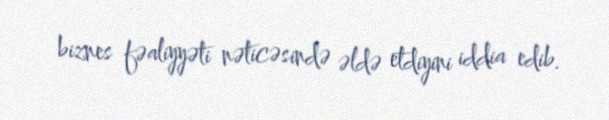
biznes fəaliyyəti nəticəsində əldə etdiyini iddia edib.